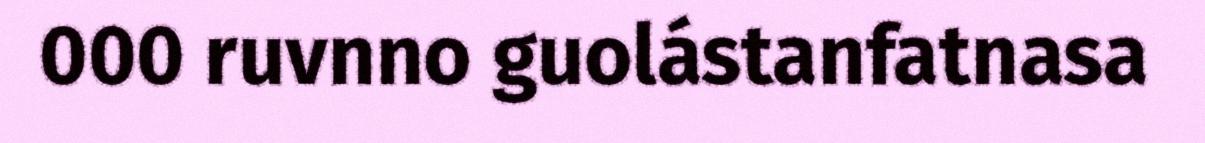
000 ruvnno guolástanfatnasa